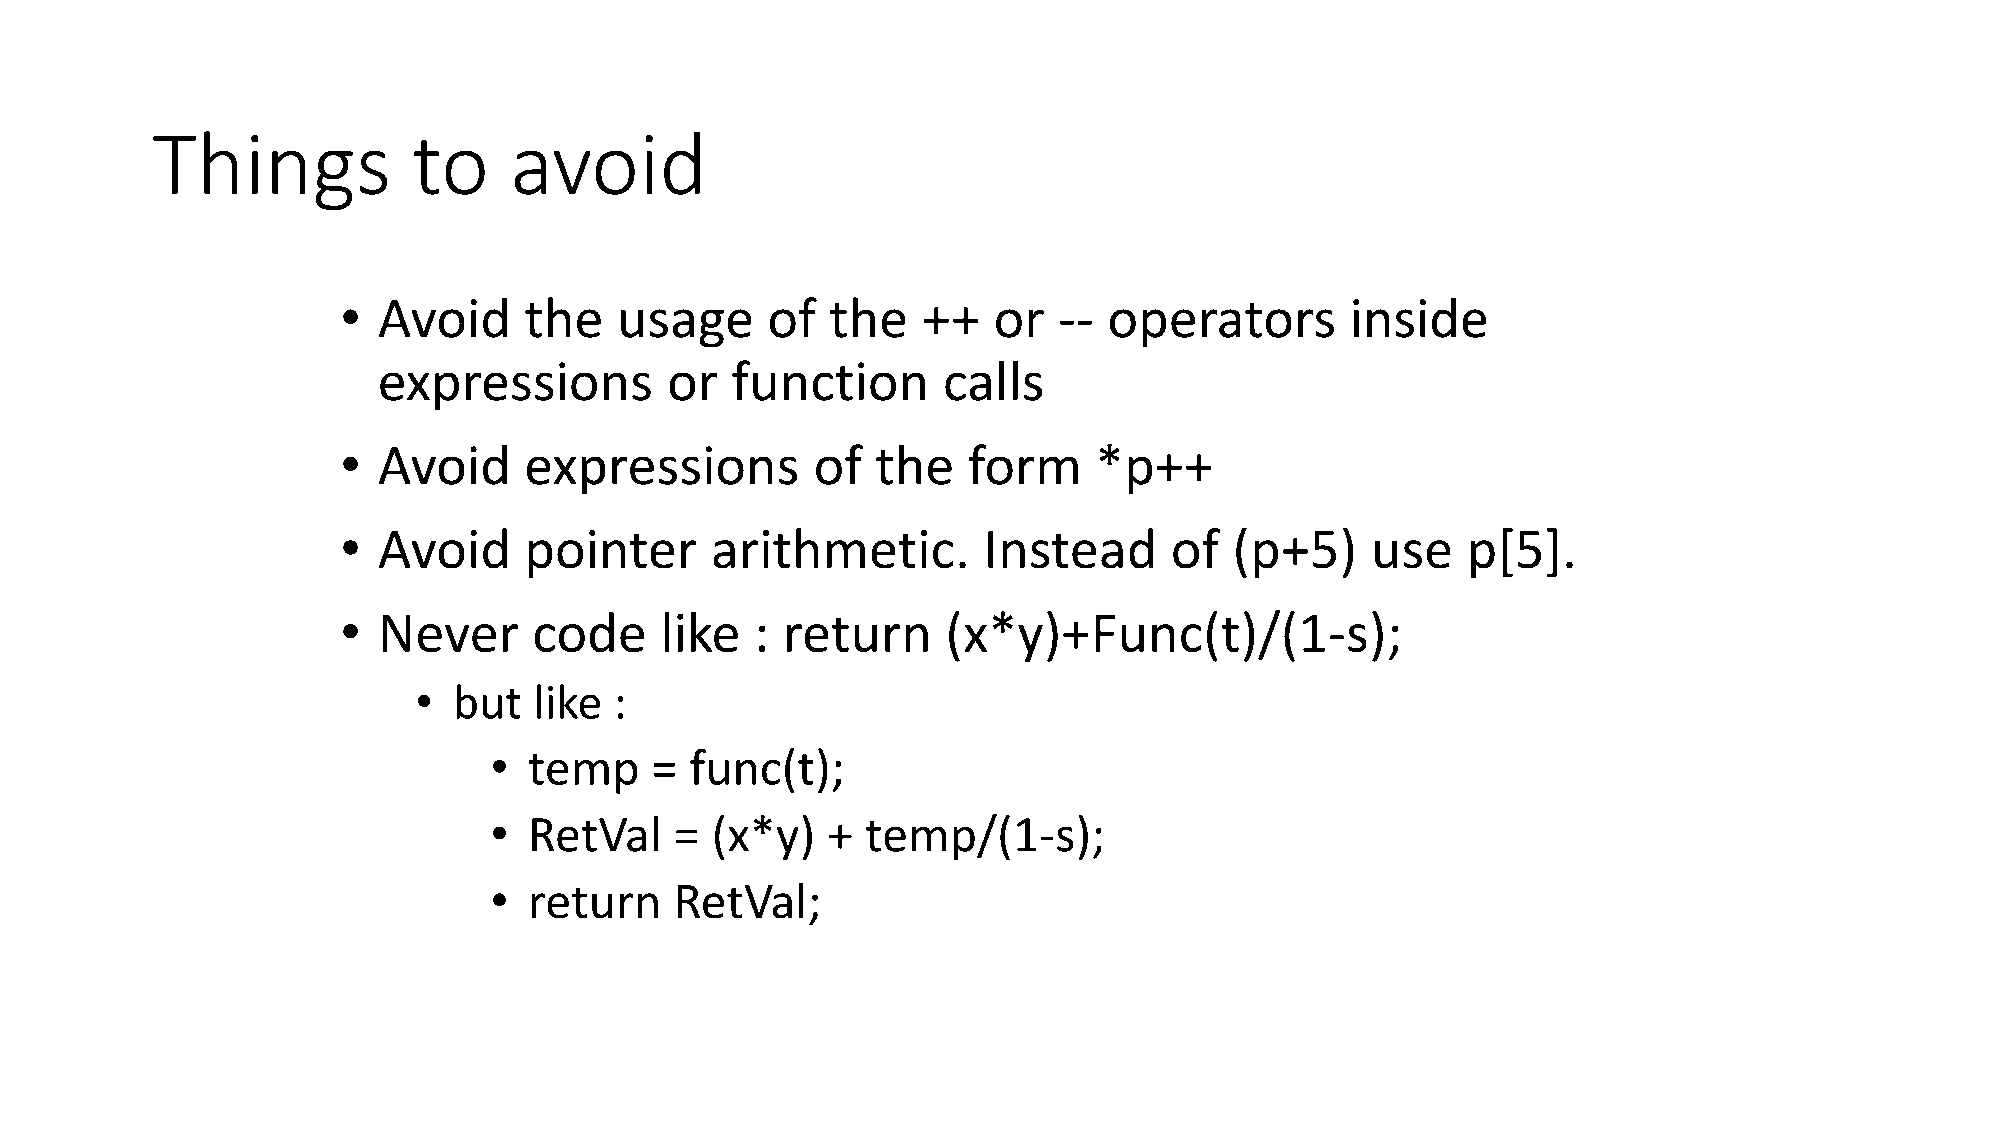
Things           to     avoid
 • Avoid     the   usage     of  the   ++   or  -- operators       inside
 expressions        or  function      calls
 • Avoid     expressions        of  the   form    *p++
 • Avoid     pointer     arithmetic.       Instead     of   (p+5)    use   p[5].
 • Never     code     like  : return     (x*y)+Func(t)/(1-s);
 •  but  like  :
 •  temp    =  func(t);
 •  RetVal    = (x*y)   + temp/(1-s);
 •  return    RetVal;